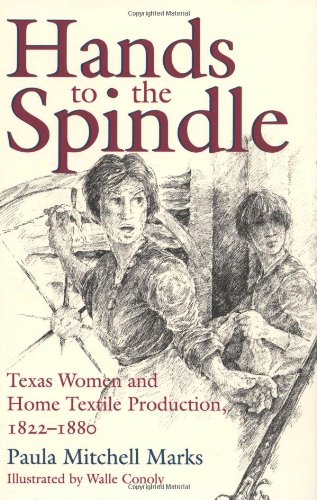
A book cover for Hands to the Spindle: Texas Women and Home Textile Production, 1822-1880 (Clayton Wheat Williams Texas Life Series); Paula Mitchell Marks; Business & Money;